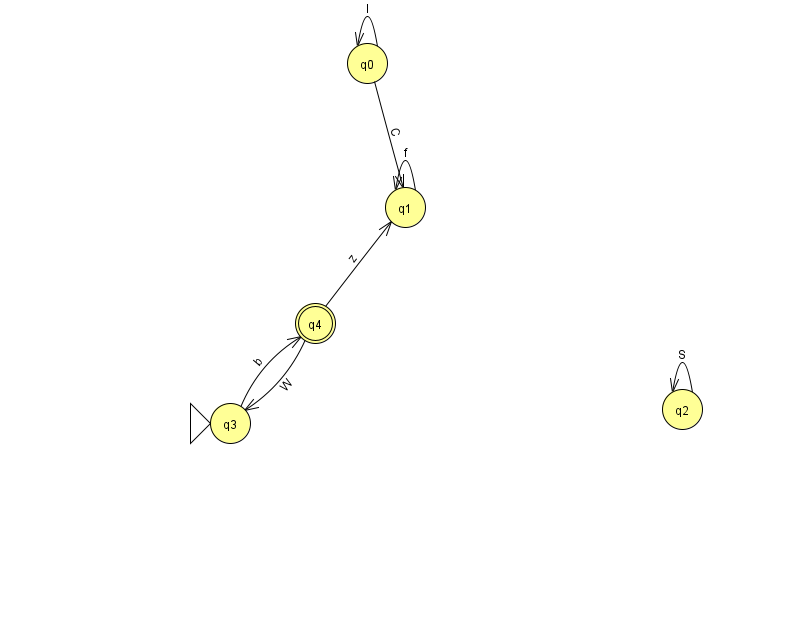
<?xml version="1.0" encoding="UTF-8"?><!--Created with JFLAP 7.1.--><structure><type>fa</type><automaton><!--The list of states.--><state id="0" name="q0"><x>367.0</x><y>50.0</y></state><state id="1" name="q1"><x>405.0</x><y>194.0</y></state><state id="2" name="q2"><x>682.0</x><y>396.0</y></state><state id="3" name="q3"><x>230.0</x><y>410.0</y><initial/></state><state id="4" name="q4"><x>315.0</x><y>310.0</y><final/></state><!--The list of transitions.--><transition><from>4</from><to>3</to><read>W</read></transition><transition><from>2</from><to>2</to><read>S</read></transition><transition><from>3</from><to>4</to><read>b</read></transition><transition><from>1</from><to>1</to><read>f</read></transition><transition><from>0</from><to>1</to><read>C</read></transition><transition><from>0</from><to>0</to><read>I</read></transition><transition><from>4</from><to>1</to><read>z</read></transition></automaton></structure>